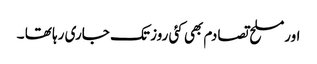
اورمسلح تصادم بھی کئی روز تک جاری رہا تھا ۔